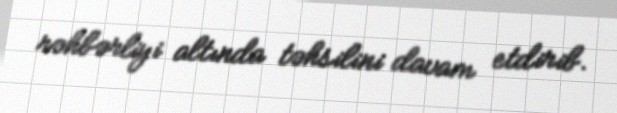
rəhbərliyi altında təhsilini davam etdirib.